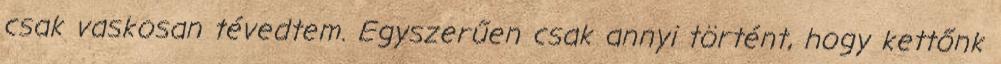
csak vaskosan tévedtem. Egyszerűen csak annyi történt, hogy kettőnk